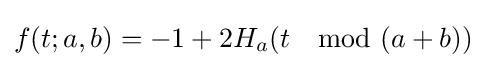
f(t;a,b)=-1+2H_{a}(t\mod (a+b))